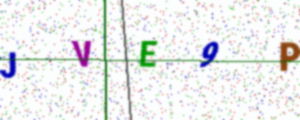
Text: JVE9P